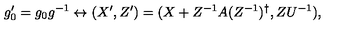
g _ { 0 } ^ { \prime } = g _ { 0 } g ^ { - 1 } \leftrightarrow ( X ^ { \prime } , Z ^ { \prime } ) = ( X + Z ^ { - 1 } A ( Z ^ { - 1 } ) ^ { \dagger } , Z U ^ { - 1 } ) ,